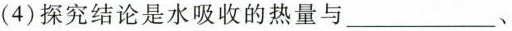
(4)探究结论是水吸收的热量与___、